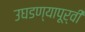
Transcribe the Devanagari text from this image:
उघडण्यापूर्वी